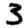
Digit: 3